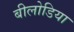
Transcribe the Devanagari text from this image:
बीलोडिया